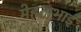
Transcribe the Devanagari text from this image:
मेहताभाई